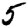
Digit: 5